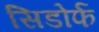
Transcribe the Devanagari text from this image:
सिडोर्फ